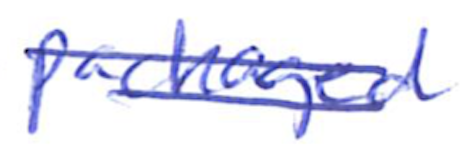
Text: packaged
Cross-out: double-line
Writing tool: ballpoint